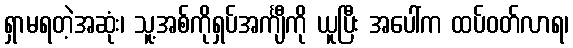
ရှာမရတဲ့အဆုံး၊ သူ့အစ်ကိုရှပ်အင်္ကျီကို ယူပြီး အပေါ်က ထပ်ဝတ်လာရ၊